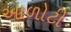
આળોટી